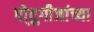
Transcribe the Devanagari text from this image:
पो्तुगीजांच्या